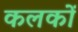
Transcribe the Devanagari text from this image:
कलकों